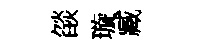
燄璇臧